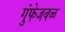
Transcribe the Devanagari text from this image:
गुंफेजवळ